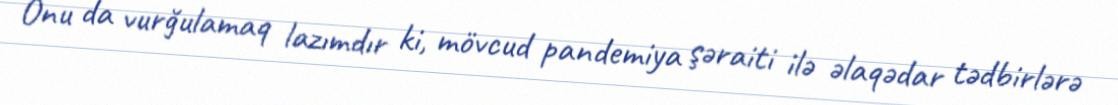
Onu da vurğulamaq lazımdır ki, mövcud pandemiya şəraiti ilə əlaqədar tədbirlərə